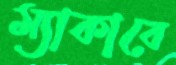
ম্যাকাবে